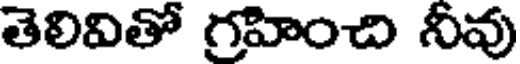
తెలివితో గ్రహించి నీవు